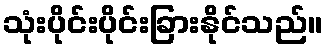
သုံးပိုင်းပိုင်းခြားနိုင်သည်။